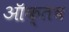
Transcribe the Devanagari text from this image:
ऑक्तव